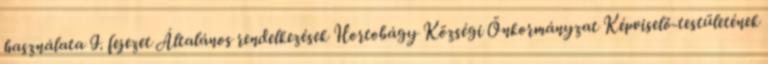
használata I. fejezet Általános rendelkezések Hortobágy Községi Önkormányzat Képviselő-testületének